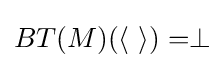
BT(M)(\langle \ \rangle )=\perp